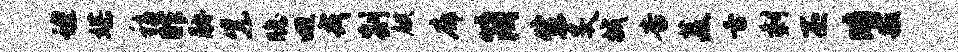
蝗媒稍昨胁紫瞻迥戎剡麒廓简生炙械杳菱舌剩丕晴毓